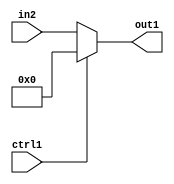
`timescale 1ps / 1ps
/*****************************************************************************
    Verilog RTL Description
    
    
    Created by: Stratus DpOpt 2019.1.01 
*******************************************************************************/

module DC_Filter_N_Mux_32_2_0_1 (
	in2,
	ctrl1,
	out1
	); /* architecture "behavioural" */ 
input [31:0] in2;
input  ctrl1;
output [31:0] out1;
wire [31:0] asc001;

reg [31:0] asc001_tmp_0;
assign asc001 = asc001_tmp_0;
always @ (ctrl1 or in2) begin
	case (ctrl1)
		1'B1 : asc001_tmp_0 = 32'B00000000000000000000000000000000 ;
		default : asc001_tmp_0 = in2 ;
	endcase
end

assign out1 = asc001;
endmodule

/* CADENCE  uLj2Qgk= : u9/ySgnWtBlWxVPRXgAZ4Og= ** DO NOT EDIT THIS LINE ******/